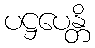
ပဋ္ဌပေန္တိ